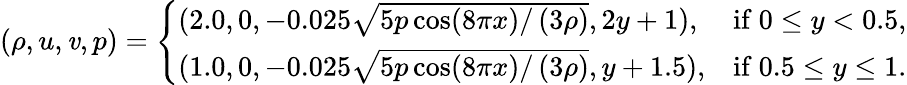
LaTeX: (\rho,u,\mathit{v},p)=\left\{ \begin{array}{ll}{(2.0,0,-0.025\sqrt{5p\cos(8\pi x)/\left(3\rho\right)},2y+1),}&{\mathrm{if~}0\leq y<0.5,}\\ {(1.0,0,-0.025\sqrt{5p\cos(8\pi x)/\left(3\rho\right)},y+1.5),}&{\mathrm{if~}0.5\leq y\leq 1.}\end{array}\right.